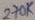
Text: 270K